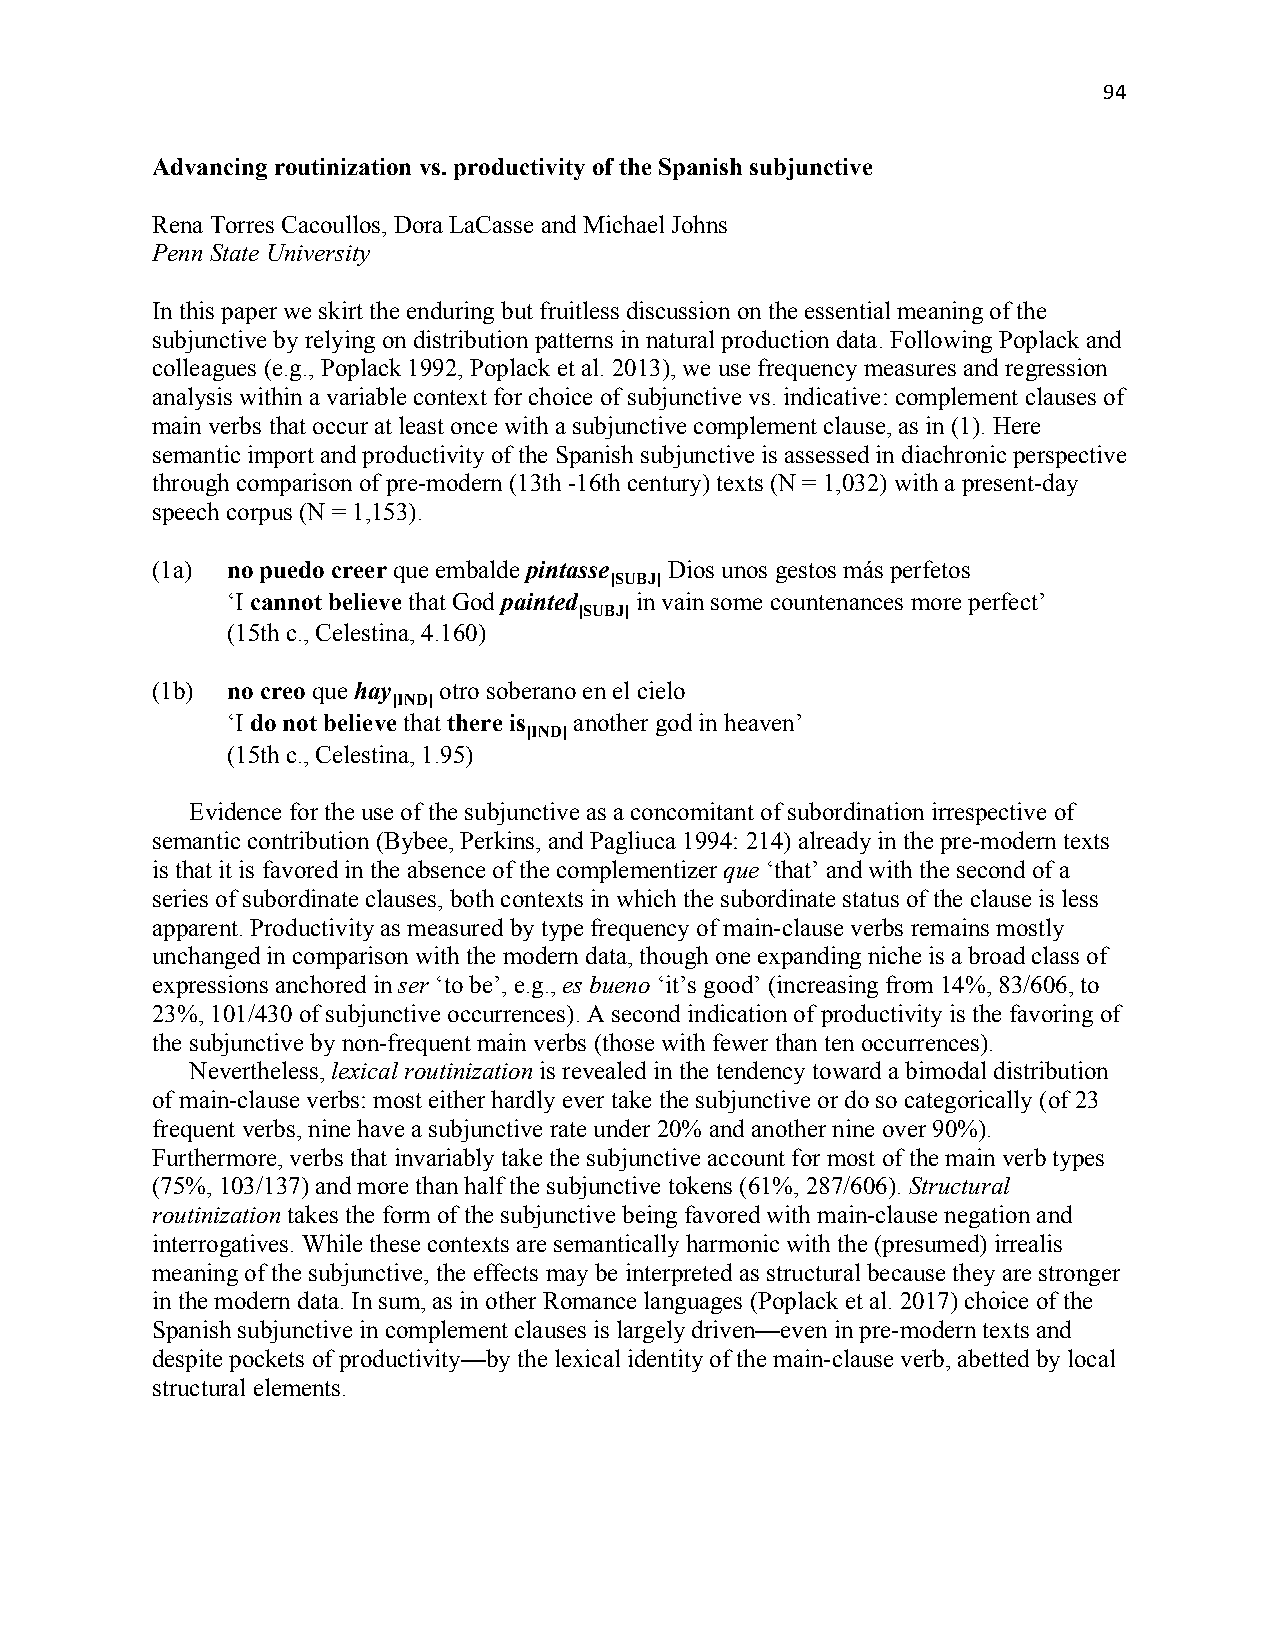
94
 Advancing routinization vs. productivity of the Spanish subjunctive
 Rena Torres Cacoullos, Dora LaCasse and Michael Johns
 Penn State University
 In this paper we skirt the enduring but fruitless discussion on the essential meaning of the
 subjunctive by relying on distribution patterns in natural production data. Following Poplack and
 colleagues (e.g., Poplack 1992, Poplack et al. 2013), we use frequency measures and regression
 analysis within a variable context for choice of subjunctive vs. indicative: complement clauses of
 main verbs that occur at least once with a subjunctive complement clause, as in (1). Here
 semantic import and productivity of the Spanish subjunctive is assessed in diachronic perspective
 through comparison of pre-modern (13th -16th century) texts (N = 1,032) with a present-day
 speech corpus (N = 1,153).
 (1a) no puedo creer que embalde pintasse Dios unos gestos más perfetos
 [SUBJ]
 ‘I cannot believe that God painted in vain some countenances more perfect’
 [SUBJ]
 (15th c., Celestina, 4.160)
 (1b) no creo que hay otro soberano en el cielo
 [IND]
 ‘I do not believe that there is another god in heaven’
 [IND]
 (15th c., Celestina, 1.95)
 Evidence for the use of the subjunctive as a concomitant of subordination irrespective of
 semantic contribution (Bybee, Perkins, and Pagliuca 1994: 214) already in the pre-modern texts
 is that it is favored in the absence of the complementizer que ‘that’ and with the second of a
 series of subordinate clauses, both contexts in which the subordinate status of the clause is less
 apparent. Productivity as measured by type frequency of main-clause verbs remains mostly
 unchanged in comparison with the modern data, though one expanding niche is a broad class of
 expressions anchored in ser ‘to be’, e.g., es bueno ‘it’s good’ (increasing from 14%, 83/606, to
 23%, 101/430 of subjunctive occurrences). A second indication of productivity is the favoring of
 the subjunctive by non-frequent main verbs (those with fewer than ten occurrences).
 Nevertheless, lexical routinization is revealed in the tendency toward a bimodal distribution
 of main-clause verbs: most either hardly ever take the subjunctive or do so categorically (of 23
 frequent verbs, nine have a subjunctive rate under 20% and another nine over 90%).
 Furthermore, verbs that invariably take the subjunctive account for most of the main verb types
 (75%, 103/137) and more than half the subjunctive tokens (61%, 287/606). Structural
 routinization takes the form of the subjunctive being favored with main-clause negation and
 interrogatives. While these contexts are semantically harmonic with the (presumed) irrealis
 meaning of the subjunctive, the effects may be interpreted as structural because they are stronger
 in the modern data. In sum, as in other Romance languages (Poplack et al. 2017) choice of the
 Spanish subjunctive in complement clauses is largely driven—even in pre-modern texts and
 despite pockets of productivity—by the lexical identity of the main-clause verb, abetted by local
 structural elements.